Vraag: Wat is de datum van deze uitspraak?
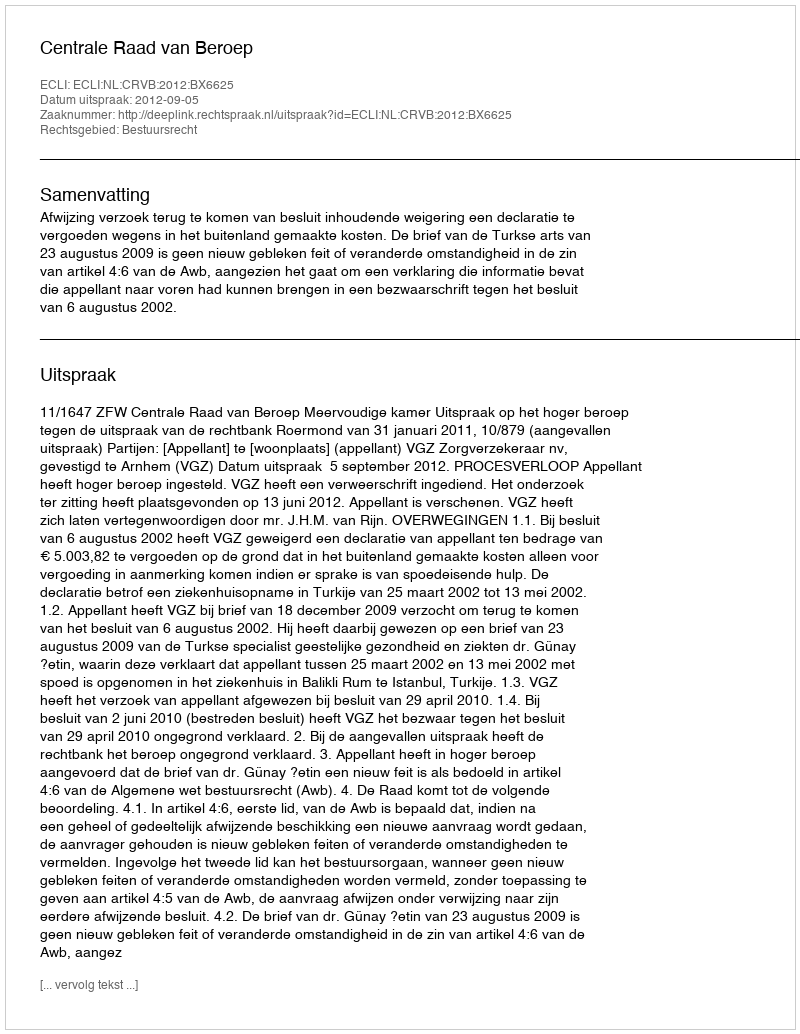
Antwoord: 2012-09-05